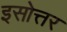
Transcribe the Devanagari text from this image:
इसोत्तर